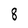
Character: 8